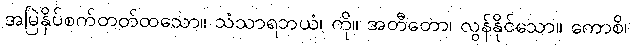
အမြဲနှိပ်စက်တတ်ထသော။ သံသာရဘယံ၊ ကို။ အတီတော၊ လွန်နိုင်သော။ ကောစိ၊